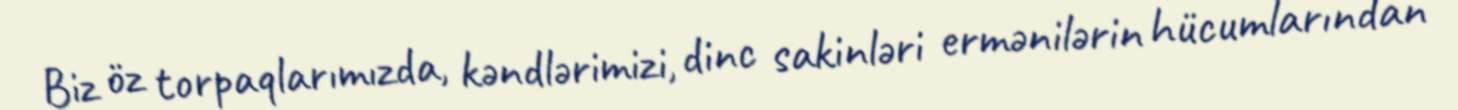
Biz öz torpaqlarımızda, kəndlərimizi, dinc sakinləri ermənilərin hücumlarından